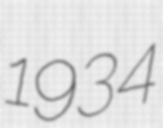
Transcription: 1934